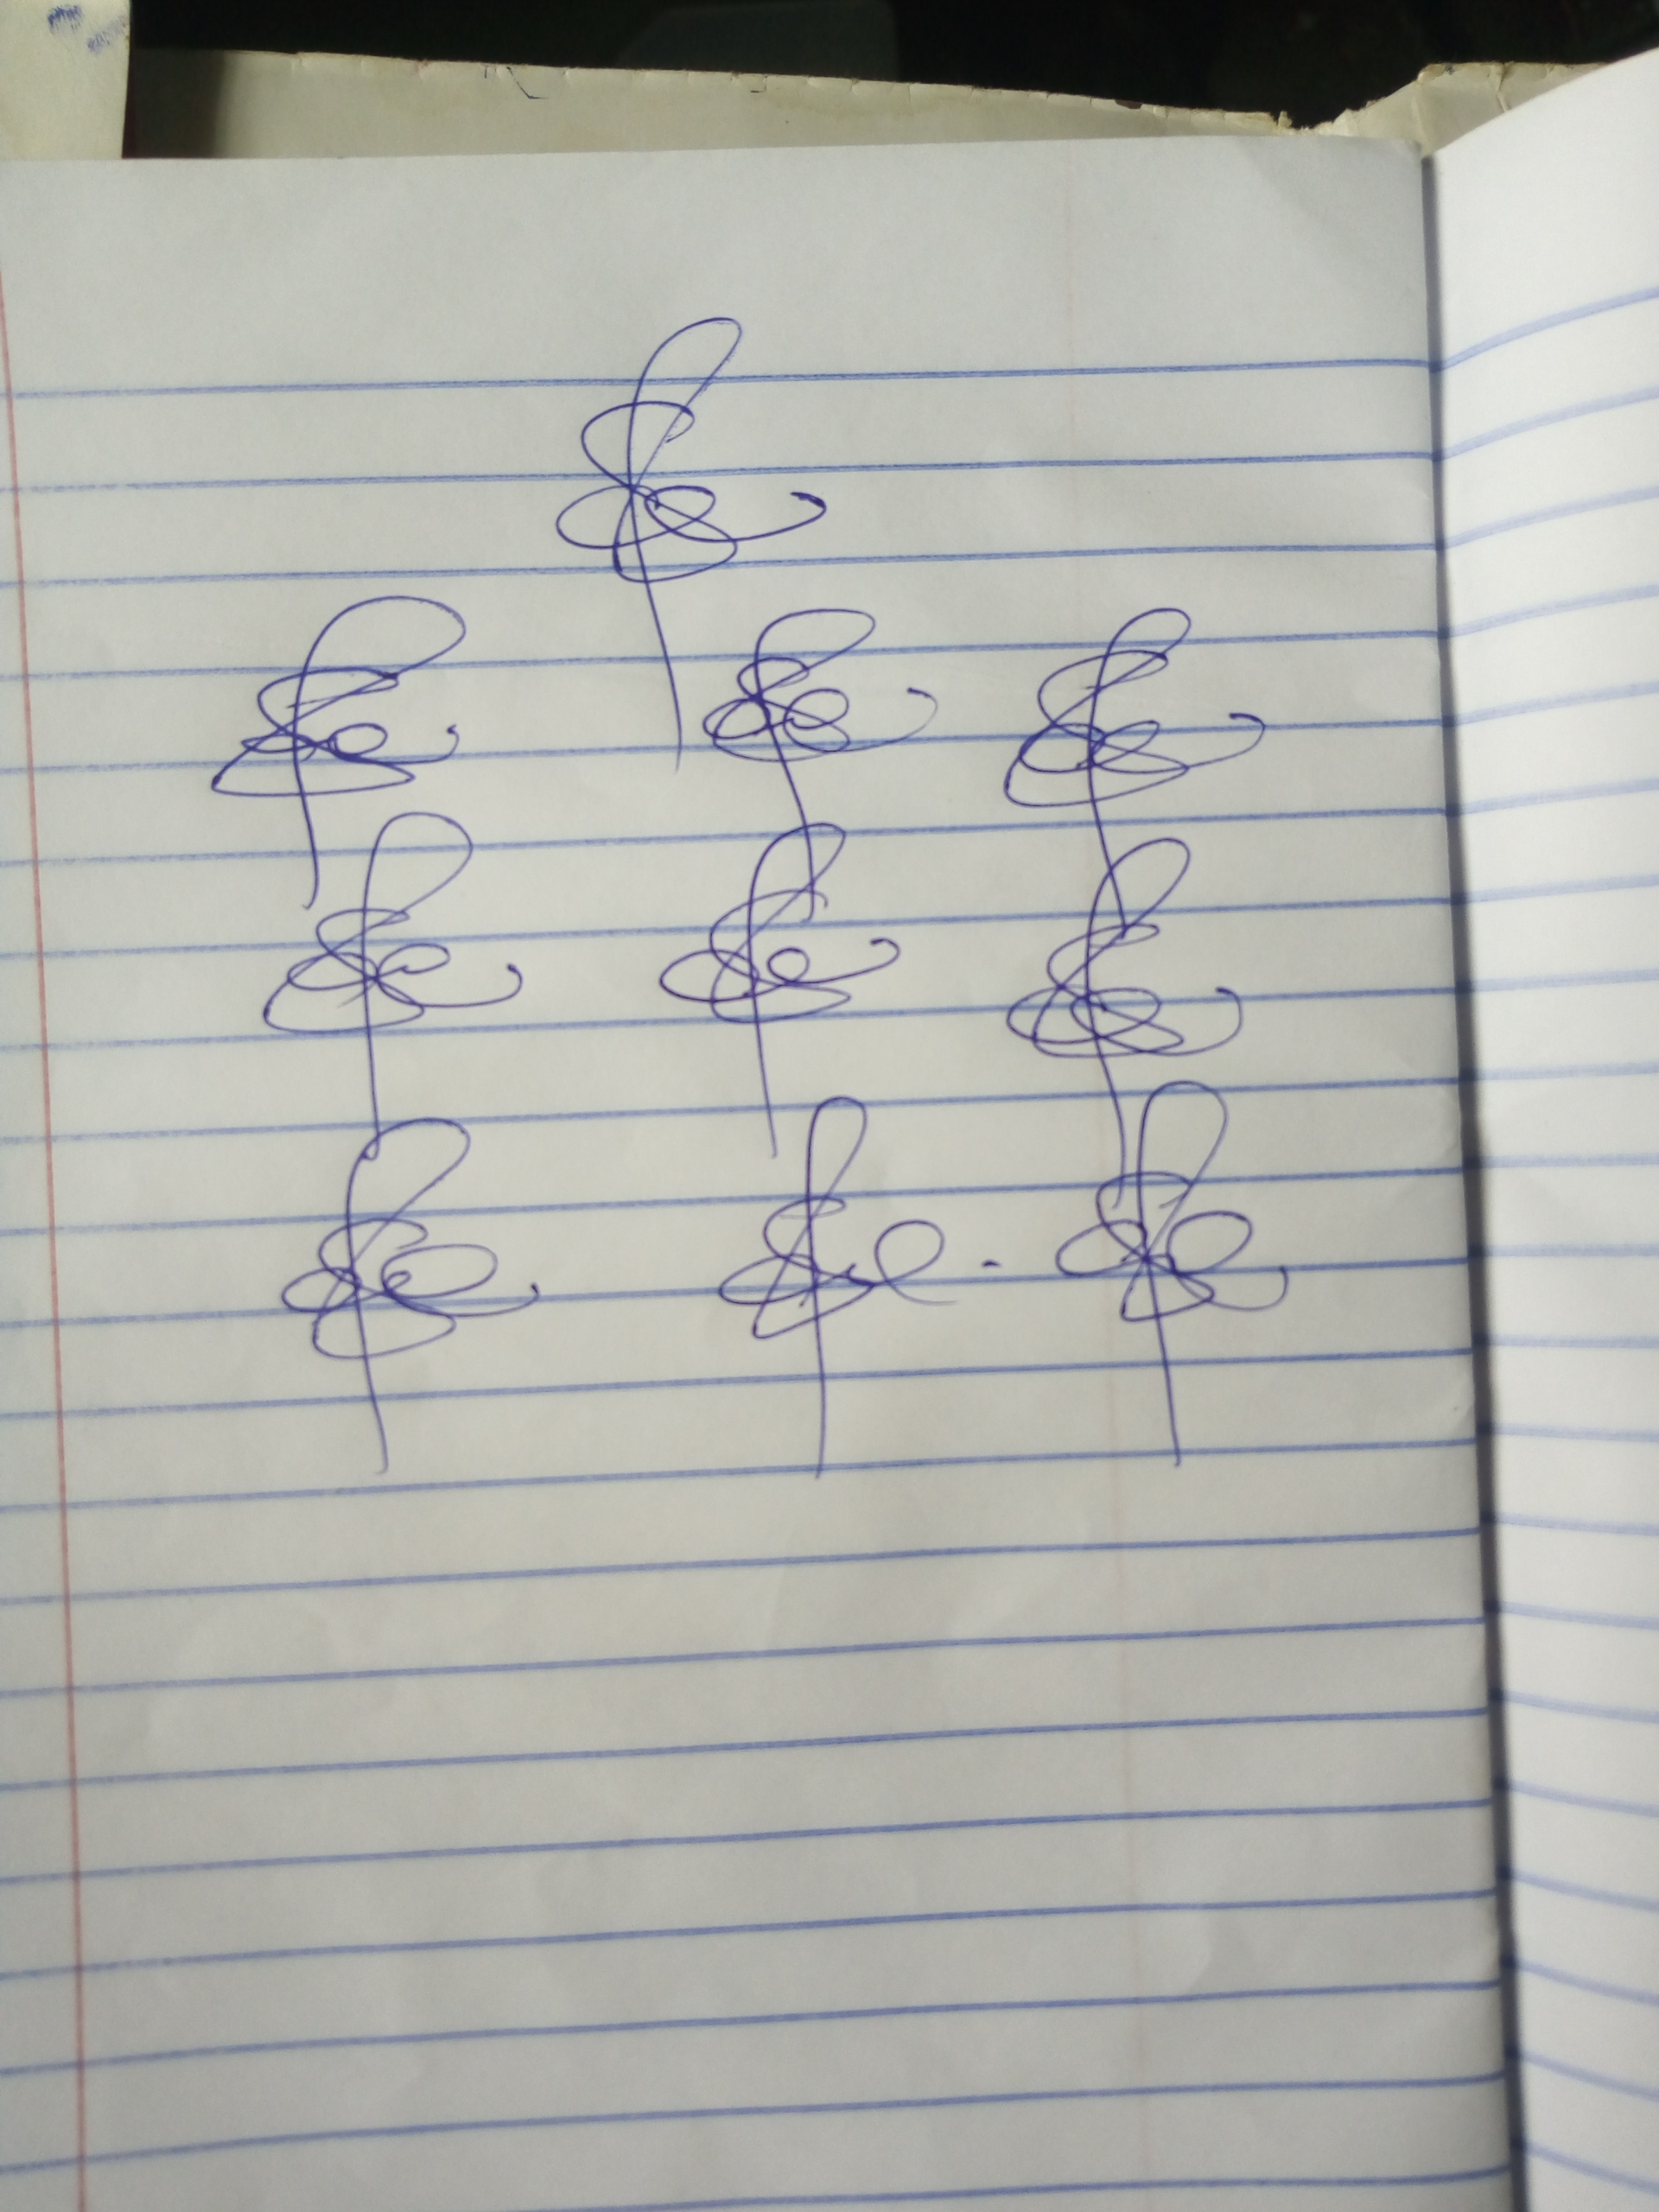
Signature authenticity: genuine